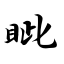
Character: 眦